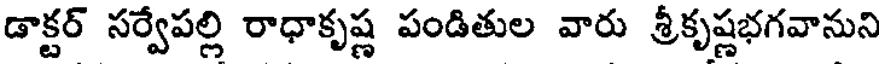
డాక్టర్ సర్వేపల్లి రాధాకృష్ణ పండితుల వారు శ్రీకృష్ణభగవానుని